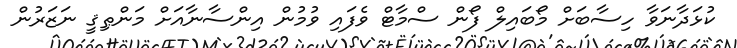
ކުޅަދާނަވާ ހިސާބަށް މޯބައިލް ފޯން ސްމާޓް ވެފައި ވުމުން އިންސާނާއަށް މަންޠިޤީ ނަޒަރުން